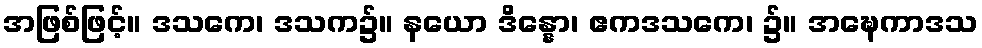
အဖြစ်ဖြင့်။ ဒသကေ၊ ဒသက၌။ နယော ဒိန္နော၊ ဧကဒသကေ၊ ၌။ အဍ္ဎေကာဒသ